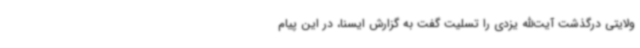
ولایتی درگذشت آیت‌الله یزدی را تسلیت گفت به گزارش ایسنا، در این پیام